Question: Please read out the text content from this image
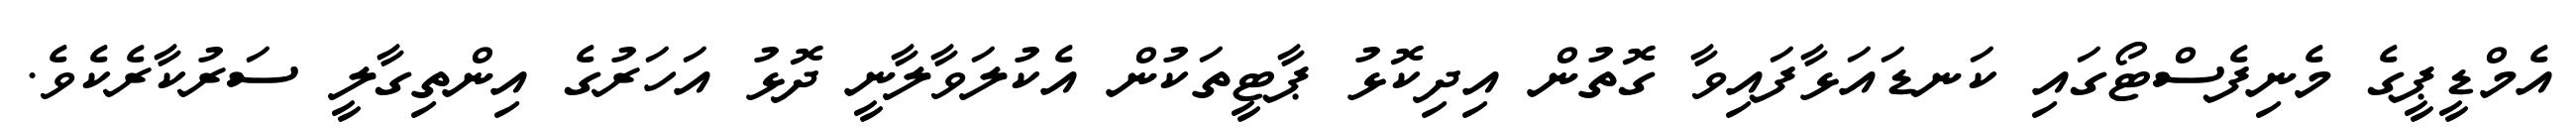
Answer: އެމްޑީޕީގެ މެނިފެސްޓޯގައި ކަނޑައަޅާފައިވާ ގޮތުން އިދިކޮޅު ޕާޓީތަކުން އެކުލަވާލާނީ ދޮޅު އަހަރުގެ އިންތިގާލީ ސަރުކާރެކެވެ.